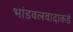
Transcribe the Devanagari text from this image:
भांडवलवादाकडे